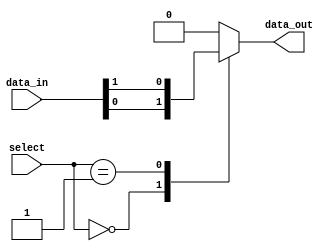
module multiplexer_512to1 (input [511:0] data_in,
                            input [8:0] select,
                            output reg data_out);

always @* begin
    case (select)
        9'b000000000: data_out = data_in[0];
        9'b000000001: data_out = data_in[1];
        // add more cases for all possible combinations of select lines
        // up to 9 bits
        default: data_out = 0; // default case
    endcase
end

endmodule